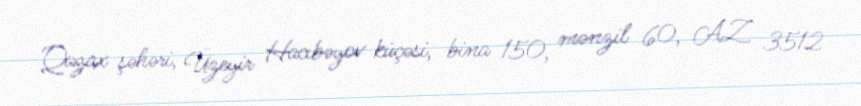
Qazax şəhəri, Üzeyir Hacıbəyov küçəsi, bina 150, mənzil 60, AZ 3512